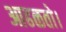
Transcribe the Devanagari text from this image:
आढळतो।